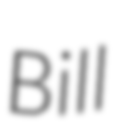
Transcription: Bill